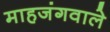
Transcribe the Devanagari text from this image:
माहजंगवाले